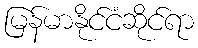
မြန်မာနိုင်ငံဆိုင်ရာ